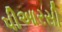
પીઆરસી